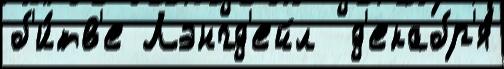
б'и́тв'е Лэнгд'ейл  д'екабр'я́